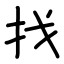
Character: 找